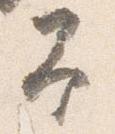
予